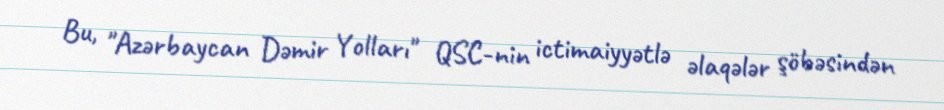
Bu, "Azərbaycan Dəmir Yolları" QSC-nin ictimaiyyətlə əlaqələr şöbəsindən